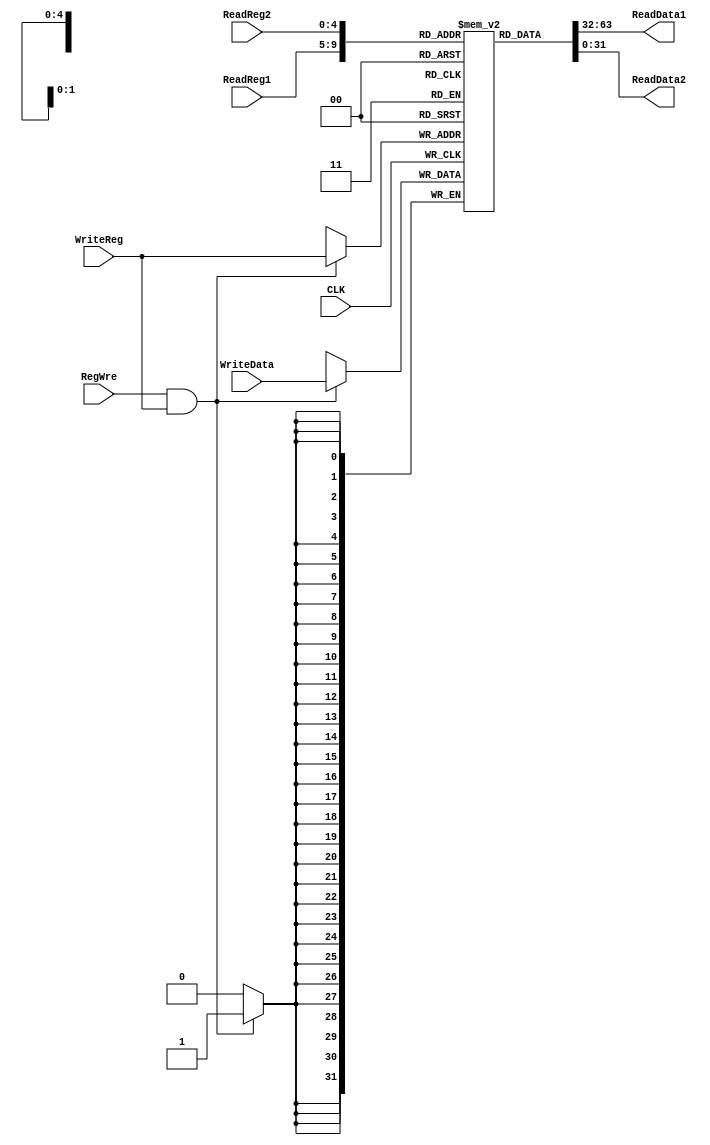
`timescale 1ns / 1ps
//////////////////////////////////////////////////////////////////////////////////
// Company: 
// Engineer: 
// 
// Design Name: 
// Module Name: RegisterFile
// Project Name: 
// Target Devices: 
// Tool Versions: 
// Description: 
// 
// Dependencies: 
// 
// Revision:
// Revision 0.01 - File Created
// Additional Comments:
// 
//////////////////////////////////////////////////////////////////////////////////

//
module RegisterFile(
        input CLK,                  //
        input [4:0] ReadReg1,    //rs
        input [4:0] ReadReg2,    //rt
        input [31:0] WriteData,     //
        input [4:0] WriteReg,       //rtrd
        input RegWre,               //WE1
        output reg[31:0] ReadData1,  //rs
        output reg[31:0] ReadData2   //rt
    );
    
    initial begin
        ReadData1 <= 0;
        ReadData2 <= 0;
    end
    

    reg [31:0] regFile[0:31]; //  reg
    integer i;
    initial begin
        for (i = 0; i < 32; i = i+ 1) regFile[i] <= 0;  
    end
    
    always@(ReadReg1 or ReadReg2) 
    begin
        ReadData1 = regFile[ReadReg1];
        ReadData2 = regFile[ReadReg2];
        //$display("regfile %d %d\n", ReadReg1, ReadReg2);
    end
    
    always@(negedge CLK)
    begin
        //$000
        if(RegWre && WriteReg)
            begin
                regFile[WriteReg] <= WriteData;
            end
    end
endmodule